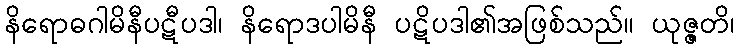
နိရောဓဂါမိနီပဋီပဒါ၊ နိရောဒပါမိနီ ပဋိပဒါ၏အဖြစ်သည်။ ယုဇ္ဇတိ၊